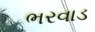
ભરવાડ